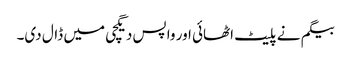
بیگم نے پلیٹ اٹھائی اور واپس دیگچی میں ڈال دی۔